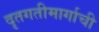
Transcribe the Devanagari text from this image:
दृतगतीमार्गाची